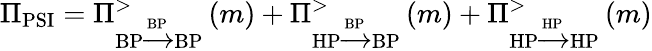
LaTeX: \Pi_{\textrm{PSI}}=\Pi_{\textrm{BP}\xrightarrow{\textrm{BP}}\textrm{BP}}^{>}\left(m\right)+\Pi_{\textrm{HP}\xrightarrow{\textrm{BP}}\textrm{BP}}^{>}\left(m\right)+\Pi_{\textrm{HP}\xrightarrow{\textrm{HP}}\textrm{HP}}^{>}\left(m\right)